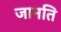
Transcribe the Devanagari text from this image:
जानति